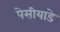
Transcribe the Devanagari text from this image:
पेसीयाडे